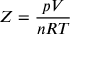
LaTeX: Z = { \frac { p V } { n R T } }